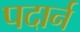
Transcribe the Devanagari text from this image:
पदार्न